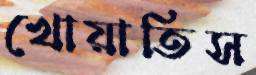
খোয়াতিস